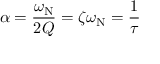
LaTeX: \alpha = { \frac { \omega _ { \mathrm { N } } } { 2 Q } } = \zeta \omega _ { \mathrm { N } } = { \frac { 1 } { \tau } }